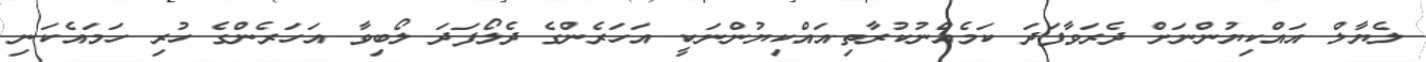
ލެޔާލް އައްކިޔުންނަށް ދެރަވާފަދަ ކަމެއްނުކުރާތި.އައްކިޔުންނަކީ އަހަރެންގެ ދެލޯފަދަ ލޯބިވާ އަހަރެންގެ ހުރި ހަމައެކަނި